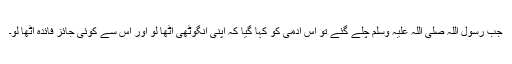
جب رسول اللہ صلی اللہ علیہ وسلم چلے گئے تو اس آدمی کو کہا گیا کہ اپنی انگوٹھی اٹھا لو اور اس سے کوئی جائز فائدہ اٹھا لو۔